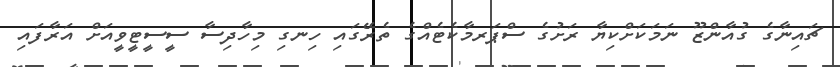
ޗައިނާގެ ގުއާންޒޫ ނަމަކަށްކިޔާ ރަށުގެ ސްޕަރމާކެޓެއްގެ ތެރޭގައި ހިނގި މިހާދިސާ ސީސީޓީވީއަށް އަރާފައި